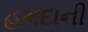
હમદાની